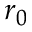
r _ { 0 }